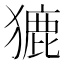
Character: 𤡊